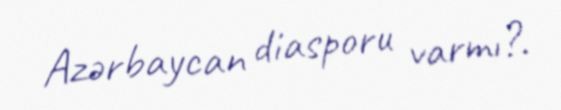
Azərbaycan diasporu varmı?.